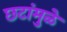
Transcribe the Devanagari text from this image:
छटांमुळे